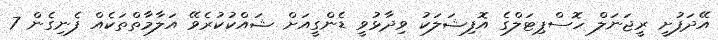
އޭދަފުށީ ރީޖަނަލް ހޮސްޕިޓަލްގެ އޮފިޝަލަކު ވިދާޅުވީ ޑެންގީއަށް ޝައްކުކުރެވޭ އަލާމާތްތަކެއް ފެނިގެން 7